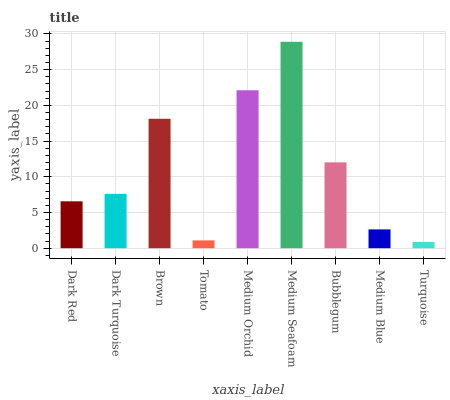
| xaxis_label | bars |
 | --- | --- |
 | Dark Red | 6.56 |
 | Dark Turquoise | 7.61 |
 | Brown | 18.1 |
 | Tomato | 1.09 |
 | Medium Orchid | 22.1 |
 | Medium Seafoam | 28.9 |
 | Bubblegum | 12 |
 | Medium Blue | 2.63 |
 | Turquoise | 0.878 |